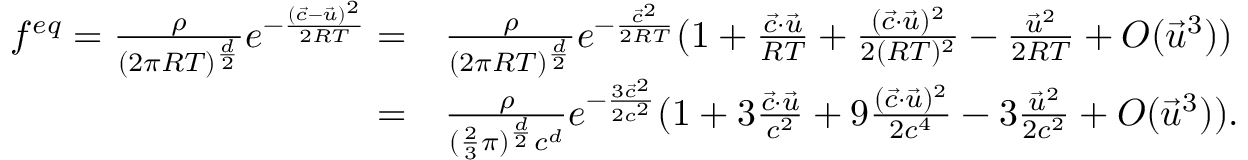
\begin{array} { r l } { f ^ { e q } = \frac { \rho } { ( 2 \pi R T ) ^ { \frac { d } { 2 } } } e ^ { - \frac { ( \Vec { c } - \Vec { u } ) ^ { 2 } } { 2 R T } } = } & { { } \frac { \rho } { ( 2 \pi R T ) ^ { \frac { d } { 2 } } } e ^ { - \frac { \vec { c } ^ { 2 } } { 2 R T } } ( 1 + \frac { \Vec { c } \cdot \Vec { u } } { R T } + \frac { ( \Vec { c } \cdot \Vec { u } ) ^ { 2 } } { 2 ( R T ) ^ { 2 } } - \frac { \Vec { u } ^ { 2 } } { 2 R T } + O ( \Vec { u } ^ { 3 } ) ) } \\ { = } & { { } \frac { \rho } { ( \frac { 2 } { 3 } \pi ) ^ { \frac { d } { 2 } } c ^ { d } } e ^ { - \frac { 3 \vec { c } ^ { 2 } } { 2 c ^ { 2 } } } ( 1 + 3 \frac { \Vec { c } \cdot \Vec { u } } { c ^ { 2 } } + 9 \frac { ( \Vec { c } \cdot \Vec { u } ) ^ { 2 } } { 2 c ^ { 4 } } - 3 \frac { \Vec { u } ^ { 2 } } { 2 c ^ { 2 } } + O ( \Vec { u } ^ { 3 } ) ) . } \end{array}